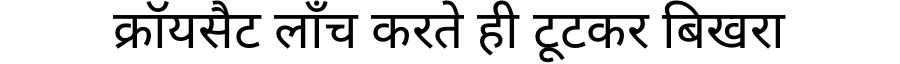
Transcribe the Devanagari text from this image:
क्रॉयसैट लाँच करते ही टूटकर बिखरा